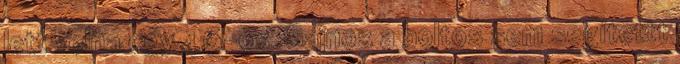
lett volna egy 46-os. Sajnos a boltos sem segítettt